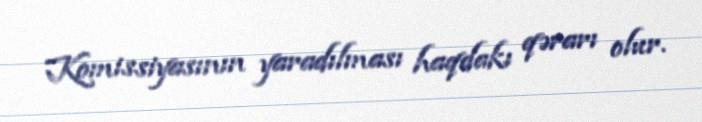
Komissiyasının yaradılması haqdakı qərarı olur.